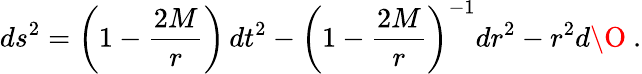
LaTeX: ds^{2}=\left(1-\frac{2M}{r}\right)\, dt^{2}-\left(1-\frac{2M}{r}\right)^{-1}dr^{2}-r^{2}d\O\ .